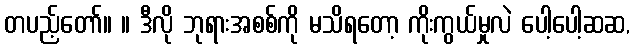
တပည့်တော်။ ။ ဒီလို ဘုရားအစစ်ကို မသိရတော့ ကိုးကွယ်မှုလဲ ပေါ့ပေါ့ဆဆ,